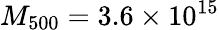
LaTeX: M_{500}=3.6\times 10^{15}